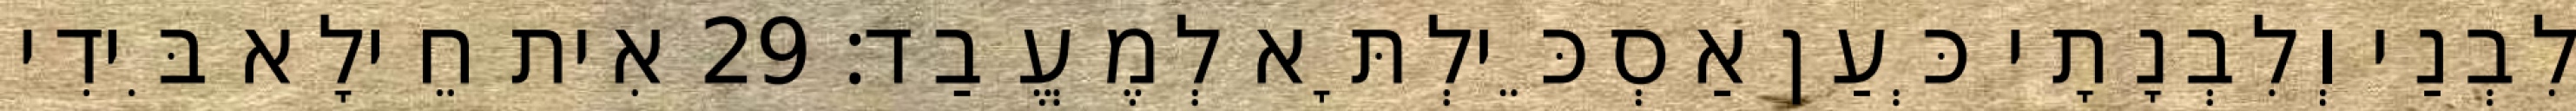
לִבְנַי וְלִבְנָתָי כְּעַן אַסְכֵּילְתָּא לְמֶעֱבַד׃ 29 אִית חֵילָא בִּידִי